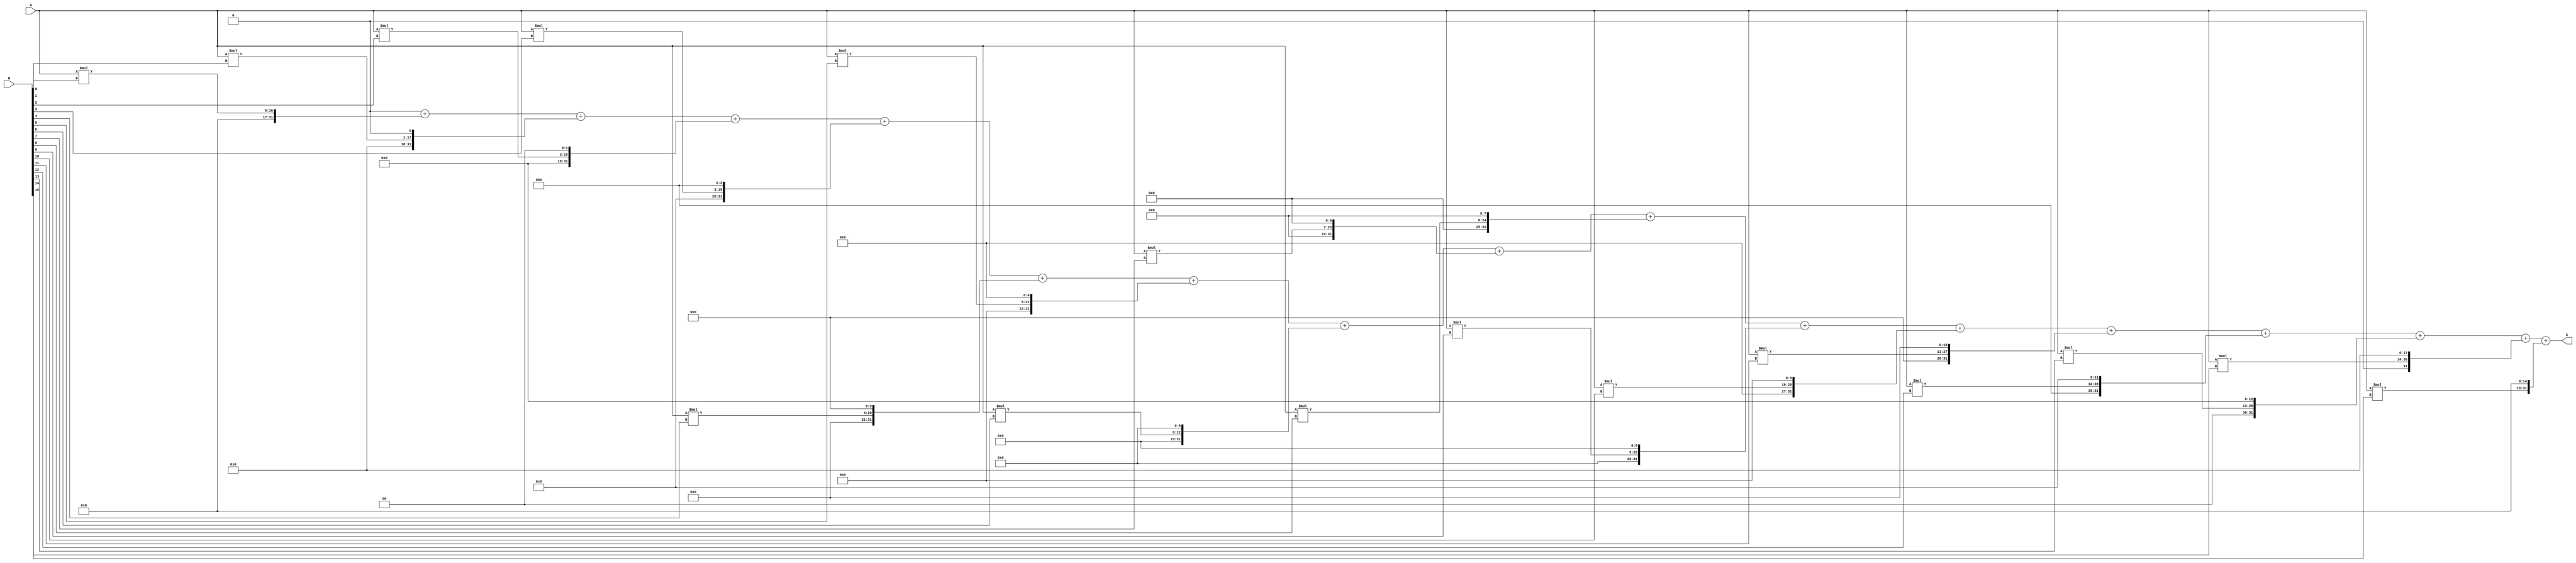
//-------------------------------------------------
// Cohort: OnOff
// Tony Tran, Hasan Kadado, Anthony Tran, Angel Gomez
//-------------------------------------------------

module SixteenBitMultiplier(input [15:0] A, input [15:0] B, output reg [31:0] C);

    wire [31:0] partial [15:0];
    
    genvar i;
    generate
        for (i = 0; i < 16; i = i + 1) begin : gen_partial_products
            assign partial[i] = A * B[i] << i; 
        end
    endgenerate
    
    integer j;
    always @(*) begin
        C = 0;
        for (j = 0; j < 16; j = j + 1) begin
            C = C + partial[j];
        end
    end
    
endmodule

/* 

module testbench();

reg [5:0]row;
reg [5:0]col;
reg [15:0] mark;

//Data Inputs
reg [5:0]dataA;
reg [5:0]dataB;
 

//Outputs
wire[7:0]result;
 

//Instantiate the Modules
FourBitMultiplier F4M(row[3:0],col[3:0],result);
initial
begin
//        0123456789ABCDEF
 

 
for (row=0;row<16;row++)
begin
	for (col=0;col<16;col++)
	begin
		#60;
		$write("%4d",result);
	end
$display();
end



end

endmodule
*/